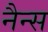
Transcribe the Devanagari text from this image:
नैन्स